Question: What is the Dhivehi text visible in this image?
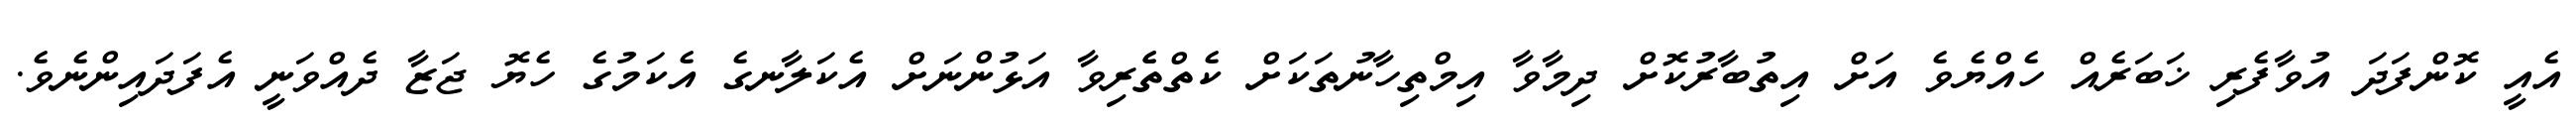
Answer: އެއީ ކޮންފަދަ އުވާފެރި ޚަބަރެއް ހެއްޔެވެ އަށް އިތުބާރުކޮށް ދިމާވާ އިމްތިހާނުތަކަށް ކެތްތެެރިވާ އަޅުންނަށް އެކަލާނގެ އެކަމުގެ ހެޔޮ ޖަޒާ ދެއްވަނީ އެފަދައިންނެވެ.